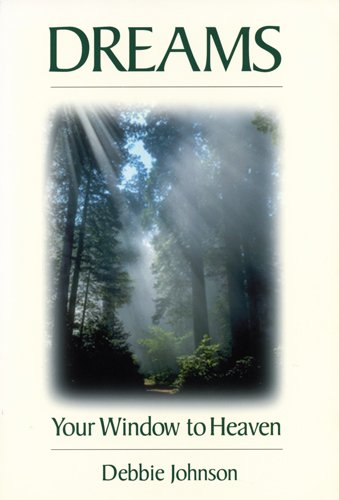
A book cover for Dreams: Your Window to Heaven; Debbie Johnson; Religion & Spirituality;